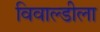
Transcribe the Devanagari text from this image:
विवाल्डीला